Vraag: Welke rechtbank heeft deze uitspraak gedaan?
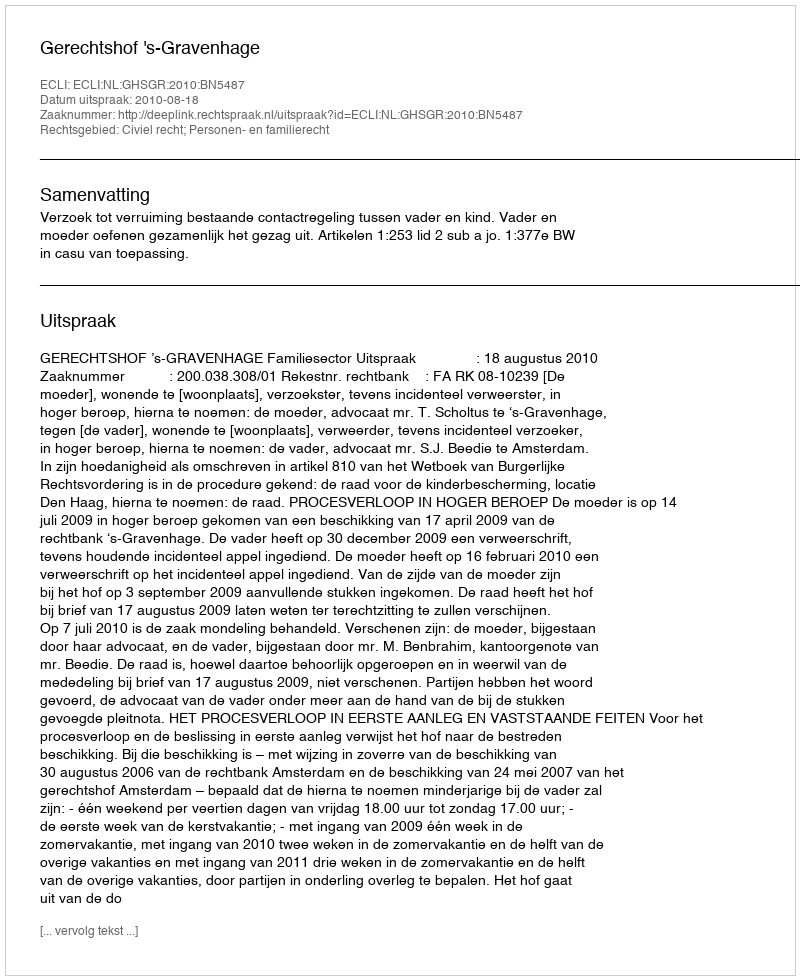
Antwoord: Gerechtshof 's-Gravenhage